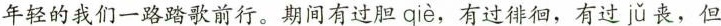
年轻的我们一路踏歌前行。期间有过胆qie,有过徘徊，有过ju丧，但